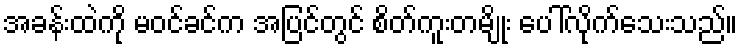
အခန်းထဲကို မဝင်ခင်က အပြင်တွင် စိတ်ကူးတမျိုး ပေါ်လိုက်သေးသည်။